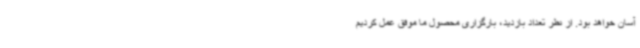
آسان خواهد بود. از نظر تعداد بازدید، بارگزاری محصول ما موفق عمل کردیم